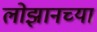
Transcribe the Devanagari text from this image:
लोझानच्या